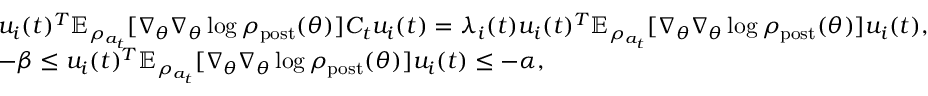
\begin{array} { r l } & { u _ { i } ( t ) ^ { T } \mathbb { E } _ { \rho _ { a _ { t } } } [ \nabla _ { \theta } \nabla _ { \theta } \log \rho _ { \mathrm { p o s t } } ( \theta ) ] C _ { t } u _ { i } ( t ) = \lambda _ { i } ( t ) u _ { i } ( t ) ^ { T } \mathbb { E } _ { \rho _ { a _ { t } } } [ \nabla _ { \theta } \nabla _ { \theta } \log \rho _ { \mathrm { p o s t } } ( \theta ) ] u _ { i } ( t ) , } \\ & { - \beta \leq u _ { i } ( t ) ^ { T } \mathbb { E } _ { \rho _ { a _ { t } } } [ \nabla _ { \theta } \nabla _ { \theta } \log \rho _ { \mathrm { p o s t } } ( \theta ) ] u _ { i } ( t ) \leq - \alpha , } \end{array}